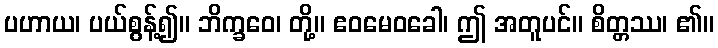
ပဟာယ၊ ပယ်စွန့်၍။ ဘိက္ခဝေ၊ တို့။ ဧဝမေဝခေါ၊ ဤ အတူပင်။ စိတ္တဿ၊ ၏။